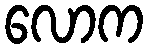
လောက